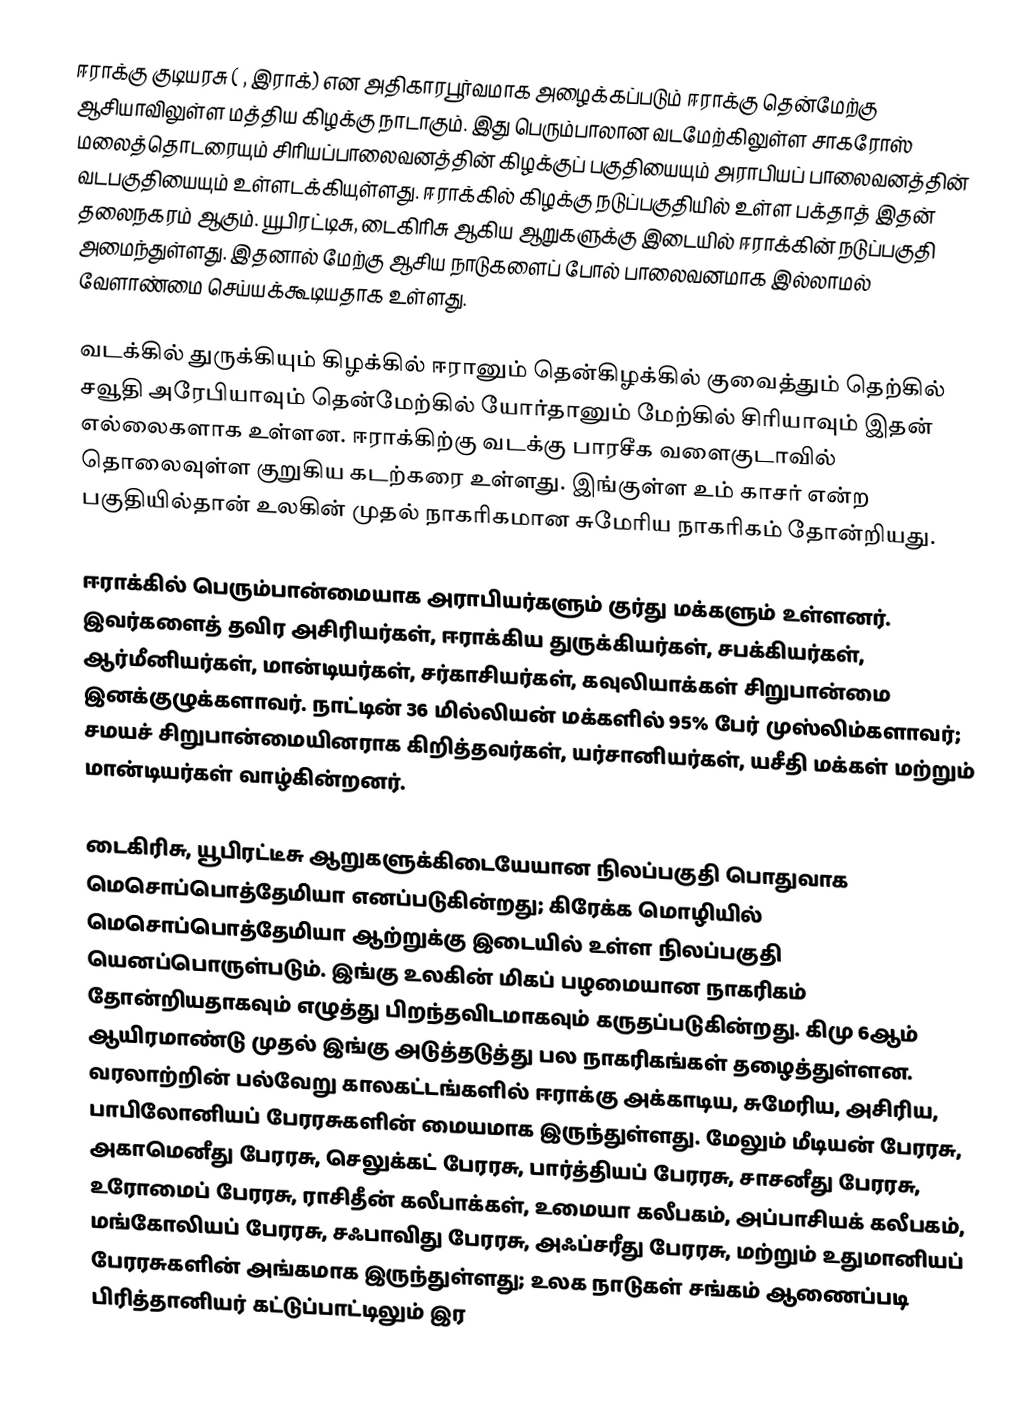
ஈராக்கு குடியரசு ( , இராக்) என அதிகாரபூர்வமாக அழைக்கப்படும் ஈராக்கு  தென்மேற்கு ஆசியாவிலுள்ள மத்திய கிழக்கு நாடாகும். இது பெரும்பாலான வடமேற்கிலுள்ள சாகரோஸ் மலைத்தொடரையும் சிரியப்பாலைவனத்தின் கிழக்குப் பகுதியையும் அராபியப் பாலைவனத்தின் வடபகுதியையும் உள்ளடக்கியுள்ளது. ஈராக்கில் கிழக்கு நடுப்பகுதியில் உள்ள பக்தாத் இதன் தலைநகரம் ஆகும். யூபிரட்டிசு, டைகிரிசு ஆகிய ஆறுகளுக்கு இடையில் ஈராக்கின் நடுப்பகுதி அமைந்துள்ளது. இதனால் மேற்கு ஆசிய நாடுகளைப் போல் பாலைவனமாக இல்லாமல் வேளாண்மை செய்யக்கூடியதாக உள்ளது.

வடக்கில் துருக்கியும் கிழக்கில் ஈரானும் தென்கிழக்கில் குவைத்தும் தெற்கில் சவூதி அரேபியாவும் தென்மேற்கில் யோர்தானும் மேற்கில் சிரியாவும் இதன் எல்லைகளாக உள்ளன. ஈராக்கிற்கு வடக்கு பாரசீக வளைகுடாவில்  தொலைவுள்ள குறுகிய கடற்கரை  உள்ளது. இங்குள்ள உம் காசர் என்ற பகுதியில்தான் உலகின் முதல் நாகரிகமான சுமேரிய நாகரிகம் தோன்றியது.

ஈராக்கில் பெரும்பான்மையாக அராபியர்களும் குர்து மக்களும் உள்ளனர். இவர்களைத் தவிர அசிரியர்கள், ஈராக்கிய துருக்கியர்கள், சபக்கியர்கள், ஆர்மீனியர்கள், மான்டியர்கள், சர்காசியர்கள், கவுலியாக்கள் சிறுபான்மை இனக்குழுக்களாவர். நாட்டின் 36 மில்லியன் மக்களில் 95% பேர் முஸ்லிம்களாவர்; சமயச் சிறுபான்மையினராக கிறித்தவர்கள், யர்சானியர்கள், யசீதி மக்கள் மற்றும் மான்டியர்கள்  வாழ்கின்றனர்.

டைகிரிசு, யூபிரட்டீசு ஆறுகளுக்கிடையேயான நிலப்பகுதி பொதுவாக மெசொப்பொத்தேமியா எனப்படுகின்றது;  கிரேக்க மொழியில் மெசொப்பொத்தேமியா ஆற்றுக்கு இடையில் உள்ள நிலப்பகுதி யெனப்பொருள்படும். இங்கு உலகின் மிகப் பழமையான நாகரிகம் தோன்றியதாகவும் எழுத்து பிறந்தவிடமாகவும் கருதப்படுகின்றது. கிமு 6ஆம் ஆயிரமாண்டு முதல் இங்கு அடுத்தடுத்து பல நாகரிகங்கள் தழைத்துள்ளன. வரலாற்றின் பல்வேறு காலகட்டங்களில் ஈராக்கு அக்காடிய, சுமேரிய, அசிரிய, பாபிலோனியப் பேரரசுகளின் மையமாக இருந்துள்ளது. மேலும்  மீடியன் பேரரசு, அகாமெனீது பேரரசு, செலுக்கட் பேரரசு, பார்த்தியப் பேரரசு,  சாசனீது பேரரசு, உரோமைப் பேரரசு, ராசிதீன் கலீபாக்கள், உமையா கலீபகம், அப்பாசியக் கலீபகம், மங்கோலியப் பேரரசு, சஃபாவிது பேரரசு, அஃப்சரீது பேரரசு, மற்றும் உதுமானியப் பேரரசுகளின் அங்கமாக இருந்துள்ளது; உலக நாடுகள் சங்கம் ஆணைப்படி பிரித்தானியர் கட்டுப்பாட்டிலும் இர